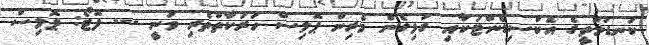
ކަނޑުމަތީގެ އެކްސިޑެންޓަކާއި ގުޅިގެން މެރިން ޕޮލިސް ހަރަކާތްތެރި ވަނީ --- ފޮޓޯ: ޕޮލިސް